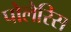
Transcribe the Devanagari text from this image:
पोलेरिस